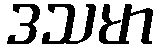
ဒသမာ